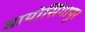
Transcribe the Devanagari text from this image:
बायोसिंगापुर